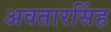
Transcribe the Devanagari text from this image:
अवतारसिंह